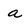
Character: a